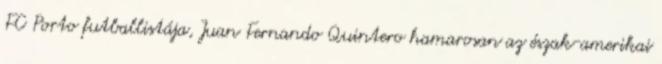
FC Porto futballistája, Juan Fernando Quintero hamarosan az észak-amerikai